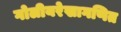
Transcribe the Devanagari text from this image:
गोलीयरेखागणित